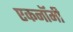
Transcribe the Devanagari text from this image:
एकनॉमी